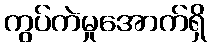
ကွပ်ကဲမှုအောက်ရှိ